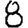
Digit: 8